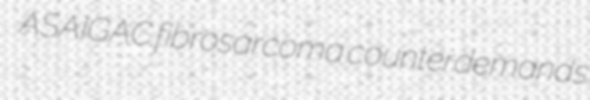
ASAIGAC fibrosarcoma counterdemands